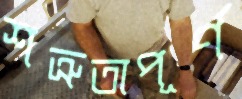
শত্রুতাপূর্ণ